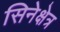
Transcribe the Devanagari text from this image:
सिनेक्षेत्र